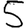
Digit: 5